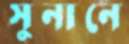
সুনানে